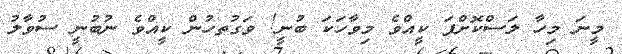
މީނަ މިހާ ލަސްކޮށްފަ ކީއްވެ މިވާހަކަ ބުނީ! ވަގުތހުން ކީއްވެ ނުބުނީ ސުވާލު